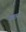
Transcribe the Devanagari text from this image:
गूढाय